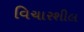
વિચારશીલ